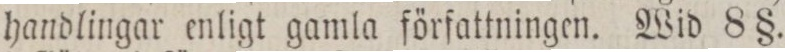
handlingar enligt gamla förſattningen. Wid 8 §.